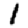
Digit: 1